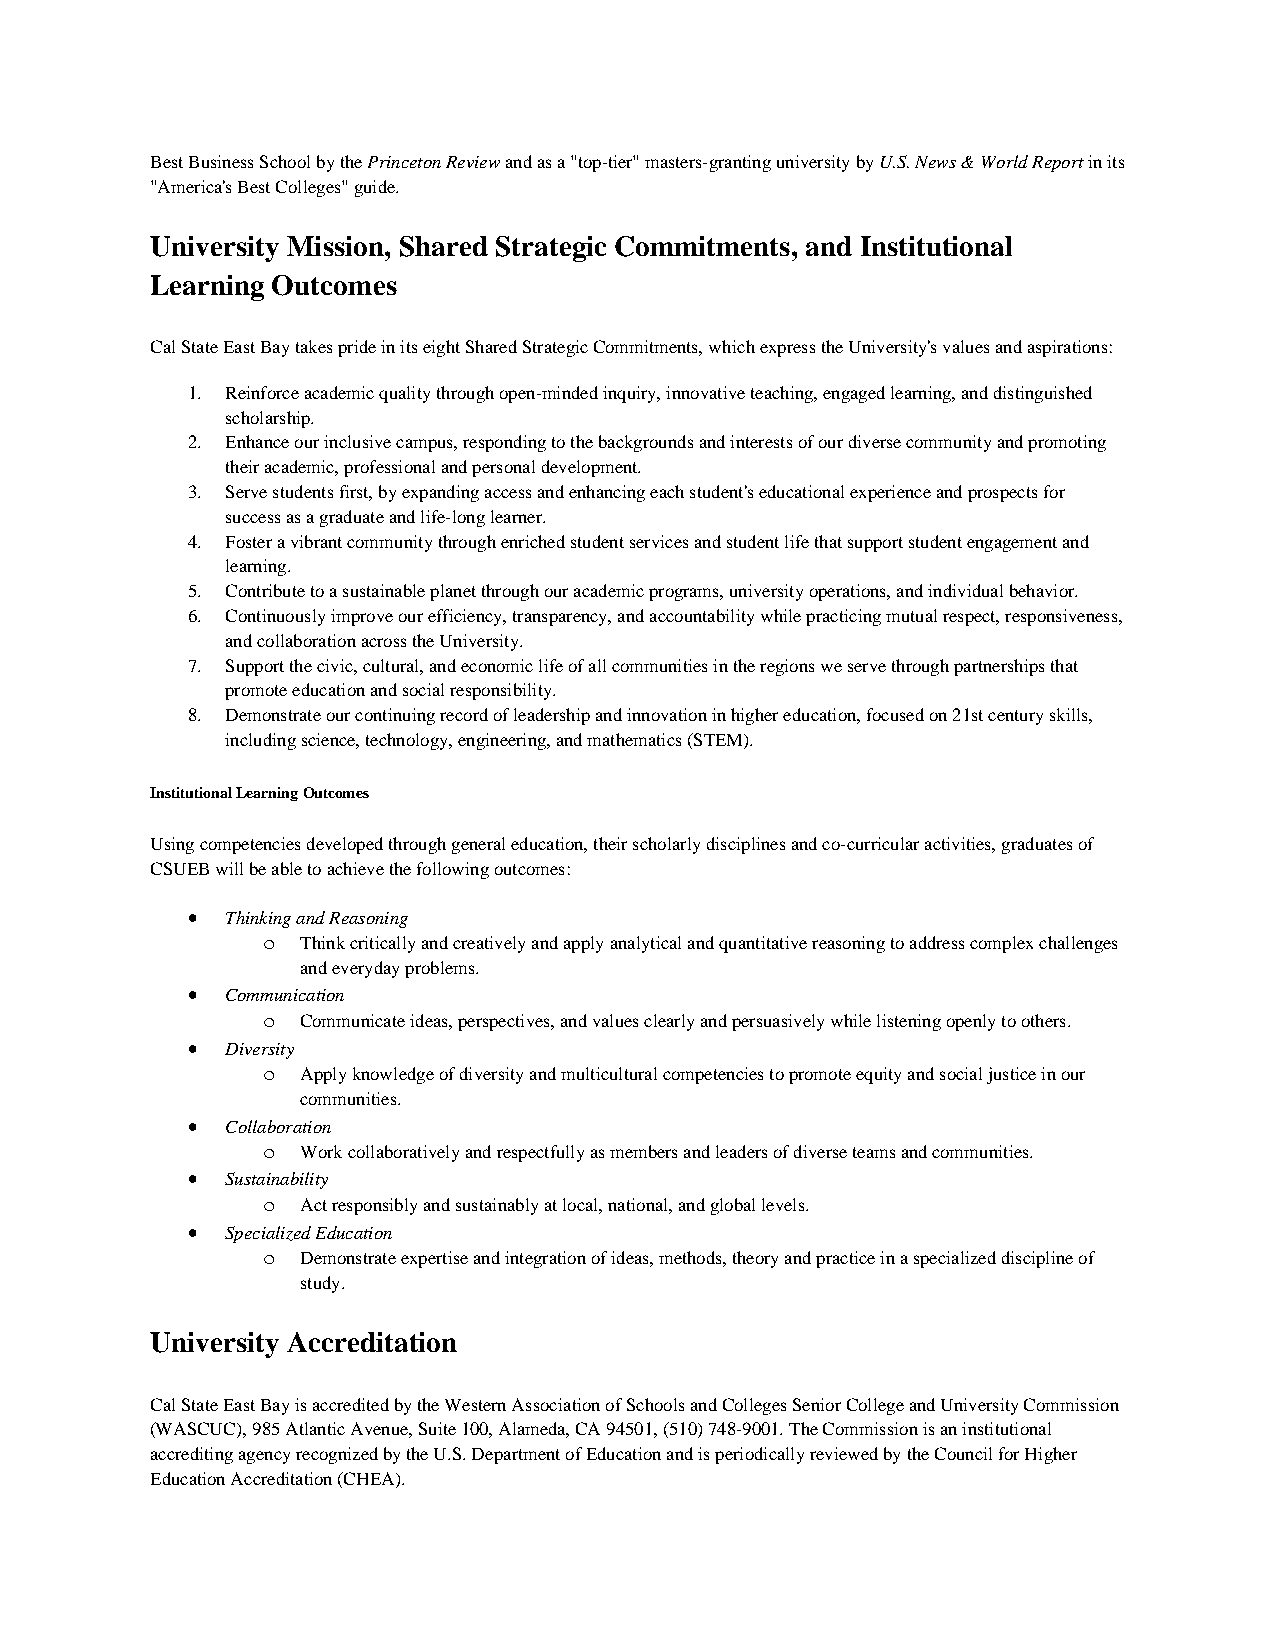
Best Business School by the Princeton Review and as a "top-tier" masters-granting university by U.S. News & World Report in its
 "America's Best Colleges" guide.
 University Mission, Shared Strategic Commitments, and Institutional
 Learning Outcomes
 Cal State East Bay takes pride in its eight Shared Strategic Commitments, which express the University's values and aspirations:
 1. Reinforce academic quality through open-minded inquiry, innovative teaching, engaged learning, and distinguished
 scholarship.
 2. Enhance our inclusive campus, responding to the backgrounds and interests of our diverse community and promoting
 their academic, professional and personal development.
 3. Serve students first, by expanding access and enhancing each student's educational experience and prospects for
 success as a graduate and life-long learner.
 4. Foster a vibrant community through enriched student services and student life that support student engagement and
 learning.
 5. Contribute to a sustainable planet through our academic programs, university operations, and individual behavior.
 6. Continuously improve our efficiency, transparency, and accountability while practicing mutual respect, responsiveness,
 and collaboration across the University.
 7. Support the civic, cultural, and economic life of all communities in the regions we serve through partnerships that
 promote education and social responsibility.
 8. Demonstrate our continuing record of leadership and innovation in higher education, focused on 21st century skills,
 including science, technology, engineering, and mathematics (STEM).
 Institutional Learning Outcomes
 Using competencies developed through general education, their scholarly disciplines and co-curricular activities, graduates of
 CSUEB will be able to achieve the following outcomes:
 •  Thinking and Reasoning
 o  Think critically and creatively and apply analytical and quantitative reasoning to address complex challenges
 and everyday problems.
 •  Communication
 o  Communicate ideas, perspectives, and values clearly and persuasively while listening openly to others.
 •  Diversity
 o  Apply knowledge of diversity and multicultural competencies to promote equity and social justice in our
 communities.
 •  Collaboration
 o  Work collaboratively and respectfully as members and leaders of diverse teams and communities.
 •  Sustainability
 o  Act responsibly and sustainably at local, national, and global levels.
 •  Specialized Education
 o  Demonstrate expertise and integration of ideas, methods, theory and practice in a specialized discipline of
 study.
 University Accreditation
 Cal State East Bay is accredited by the Western Association of Schools and Colleges Senior College and University Commission
 (WASCUC), 985 Atlantic Avenue, Suite 100, Alameda, CA 94501, (510) 748-9001. The Commission is an institutional
 accrediting agency recognized by the U.S. Department of Education and is periodically reviewed by the Council for Higher
 Education Accreditation (CHEA).